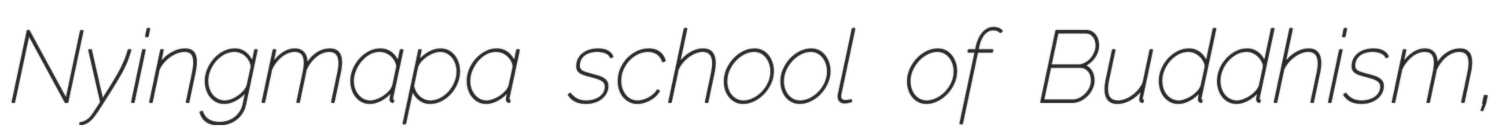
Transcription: Nyingmapa school of Buddhism,